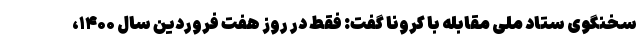
سخنگوی ستاد ملی مقابله با کرونا گفت: فقط در روز هفت فروردین سال ۱۴۰۰،